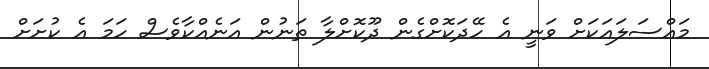
މައްސަލައަކަށް ވަނީ އެ ހޭދަކޮށްގެން ދޫކޮށްލާ ތަނުން އަނެއްކާވެސް ހަމަ އެ ކުށަށް